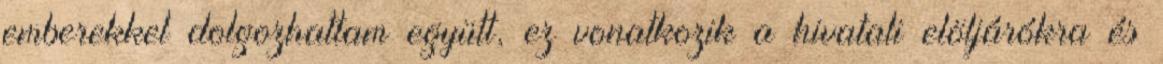
emberekkel dolgozhattam együtt, ez vonatkozik a hivatali elöljárókra és